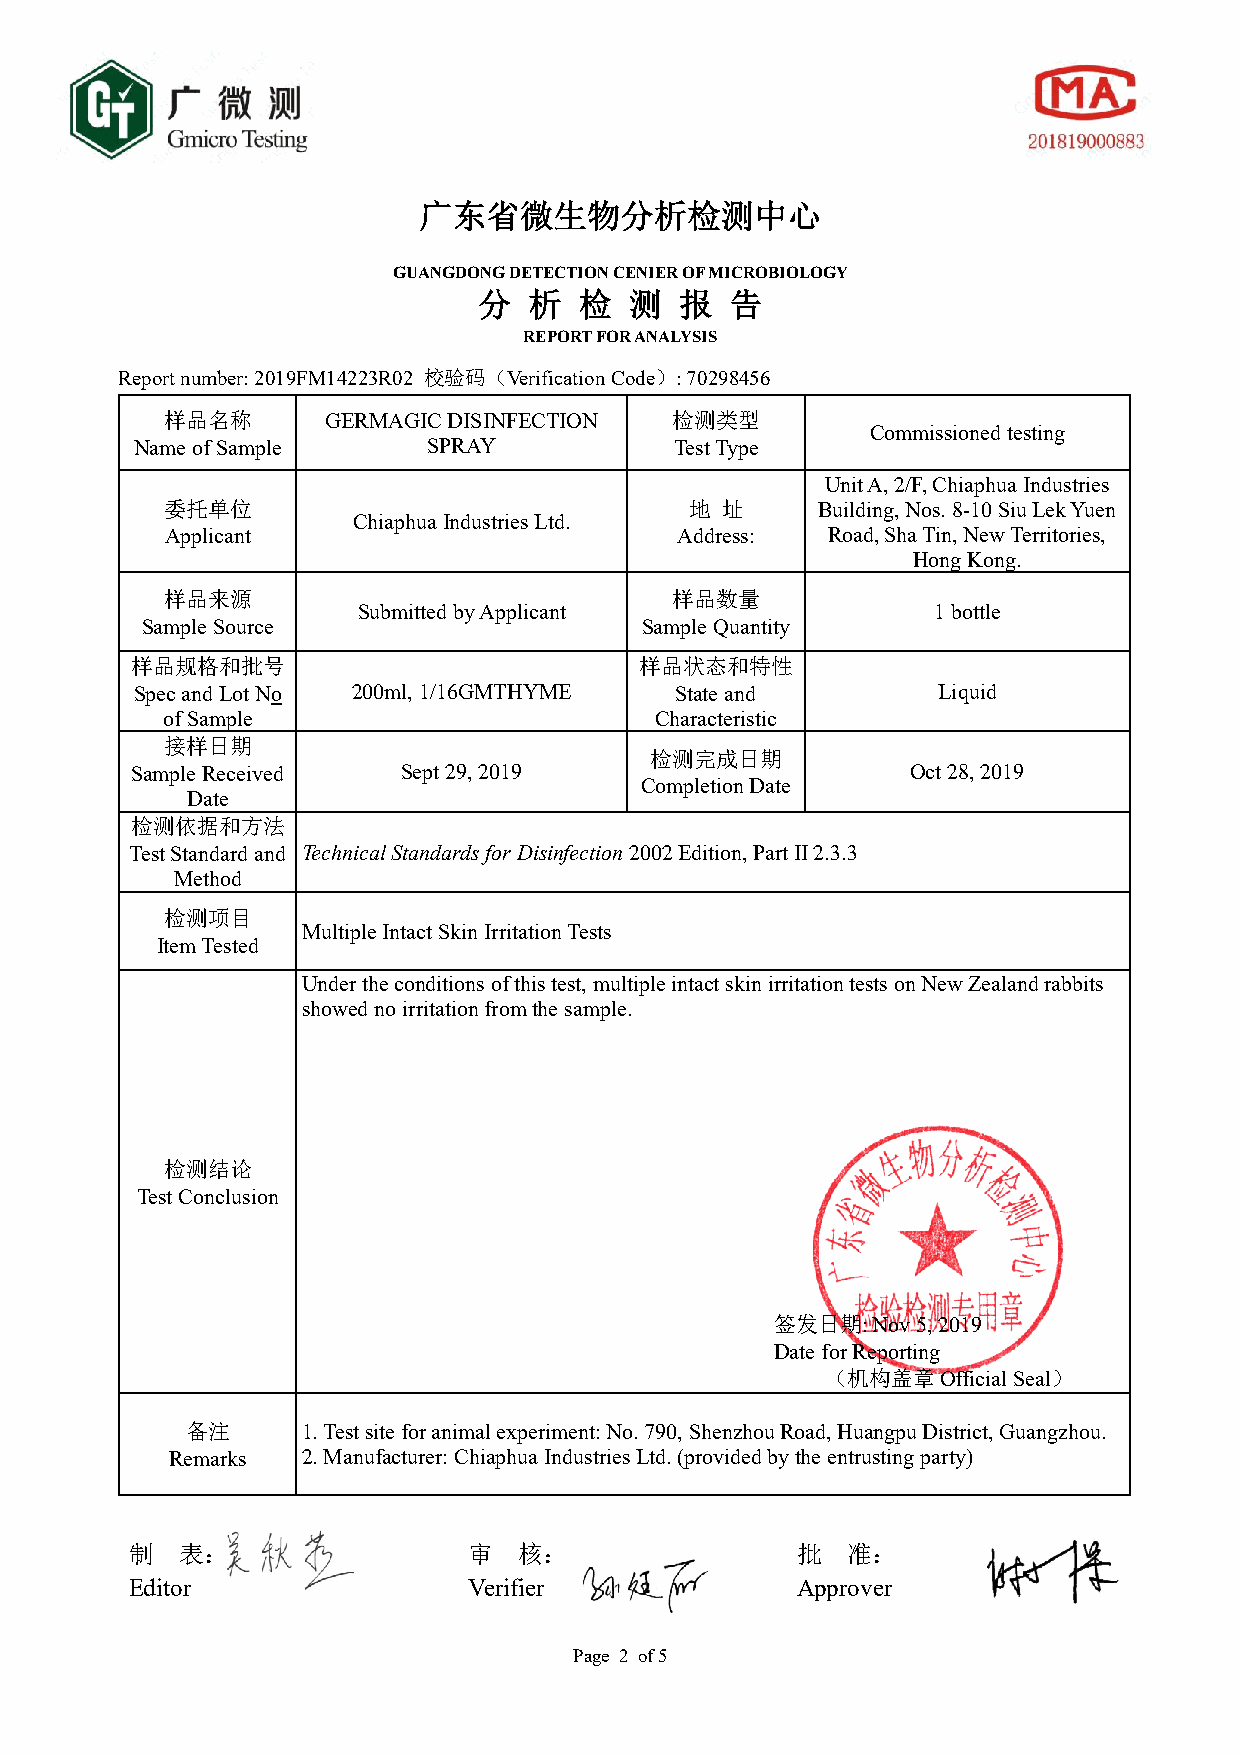
广东省微生物分析检测中心
 GUANGDONG DETECTION CENIER OF MICROBIOLOGY
 分  析  检   测  报  告
 REPORT FOR ANALYSIS
 Report number: 2019FM14223R02 校验码（Verification Code）: 70298456
 样品名称       GERMAGIC DISINFECTION 检测类型
 Commissioned testing
 Name of Sample     SPRAY            Test Type
 Unit A, 2/F, Chiaphua Industries
 委托单位                               地 址     Building, Nos. 8-10 Siu Lek Yuen
 Chiaphua Industries Ltd.
 Applicant                         Address:  Road, Sha Tin, New Territories,
 Hong Kong.
 样品来源                             样品数量
 Submitted by Applicant                1 bottle
 Sample Source                    Sample Quantity
 样品规格和批号                          样品状态和特性
 Spec and Lot No 200ml, 1/16GMTHYME  State and        Liquid
 of Sample                       Characteristic
 接样日期
 检测完成日期
 Sample Received   Sept 29, 2019                    Oct 28, 2019
 Completion Date
 Date
 检测依据和方法
 Test Standard and Technical Standards for Disinfection 2002 Edition, Part II 2.3.3
 Method
 检测项目
 Multiple Intact Skin Irritation Tests
 Item Tested
 Under the conditions of this test, multiple intact skin irritation tests on New Zealand rabbits
 showed no irritation from the sample.
 检测结论
 Test Conclusion
 签发日期:  Nov 5, 2019
 Date for Reporting
 （机构盖章Official Seal）
 备注      1. Test site for animal experiment: No. 790, Shenzhou Road, Huangpu District, Guangzhou.
 Remarks  2. Manufacturer: Chiaphua Industries Ltd. (provided by the entrusting party)
 制  表：                 审  核：                 批  准：
 Editor                Verifier              Approver
 Page 2 of 5